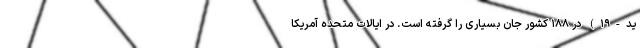
ید-۱۹) در ۱۸۸ کشور جان بسیاری را گرفته است. در ایالات متحده آمریکا